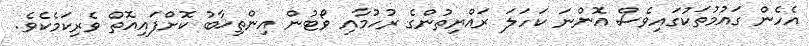
އެހެން ގައުމުތަކުގައިވެސް އޮންނަ ކަހަލަ ރައްޔިތުންގެ ރުހުމާއި ވޯޓުން އިންތިޚާބު ކޮށްފައިއޮތް ވެރިކަމެކެވެ.